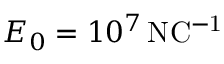
E _ { 0 } = 1 0 ^ { 7 } \, \mathrm { N C ^ { - 1 } }